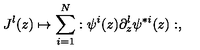
J ^ { l } ( z ) \mapsto \sum _ { i = 1 } ^ { N } : \psi ^ { i } ( z ) \partial _ { z } ^ { l } \psi ^ { * i } ( z ) : ,